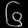
Digit: ၆